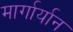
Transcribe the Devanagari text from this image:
मार्गार्यान